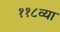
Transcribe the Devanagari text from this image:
११८व्या